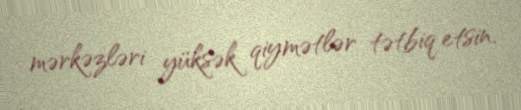
mərkəzləri yüksək qiymətlər tətbiq etsin.